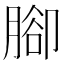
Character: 腳